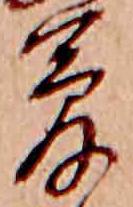
夢